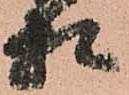
相